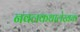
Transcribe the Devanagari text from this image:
नवलकथालेखक